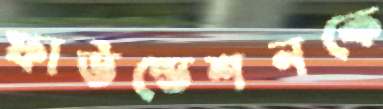
ফাউন্ডেশনকে